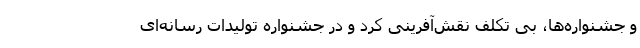
و جشنواره‌ها، بی تکلف نقش‌آفرینی کرد و در جشنواره تولیدات رسانه‌ای